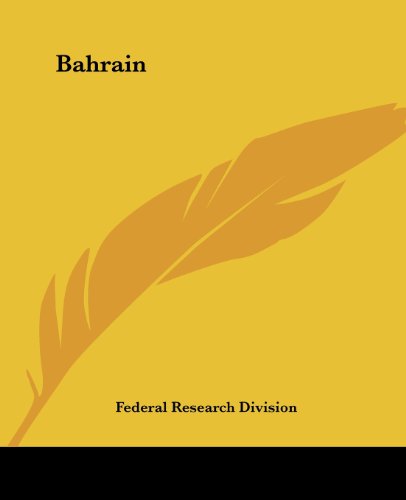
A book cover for Bahrain; Federal Research Division; History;